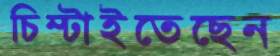
চিম্‌টাইতেছেন